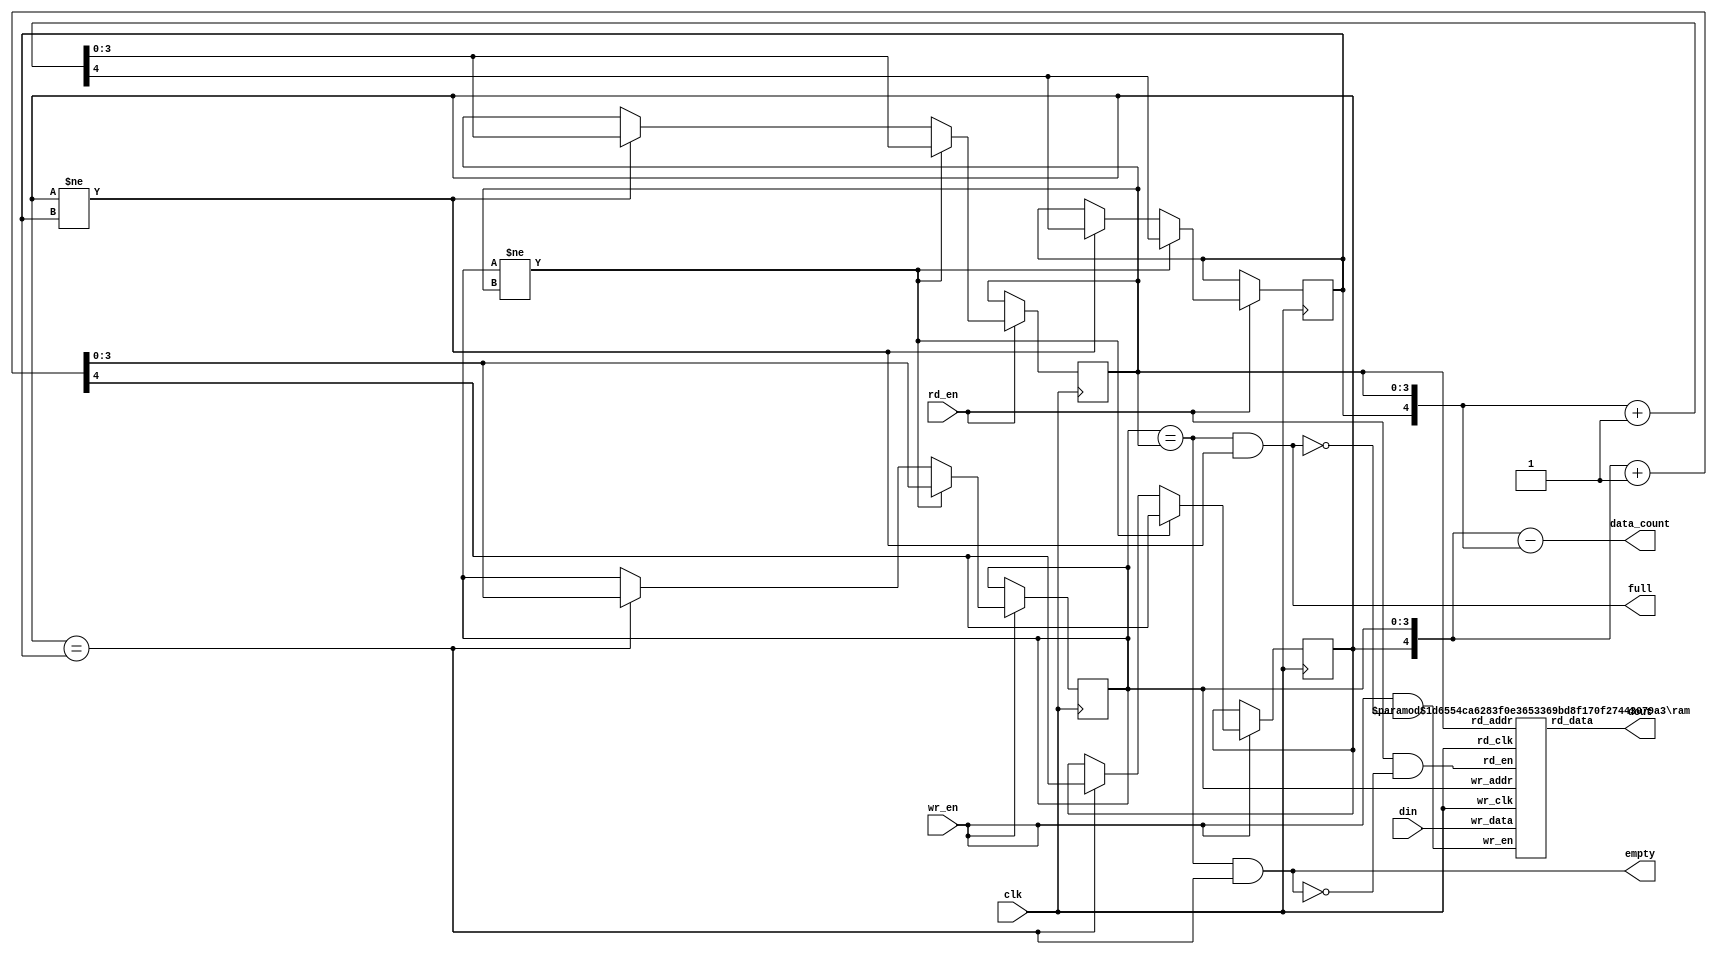
`timescale 1ns / 1ps
//////////////////////////////////////////////////////////////////////////////////
// Company: 
// Engineer: 
// 
// Design Name: 
// Module Name: common_fifo
// Project Name: 
// Target Devices: 
// Tool Versions: 
// Description: 
// 
// Dependencies: 
// 
// Revision:
// Revision 0.01 - File Created
// Additional Comments:
// 
//////////////////////////////////////////////////////////////////////////////////


module common_fifo#
(
  parameter depth = 16,
  parameter width = 128
)
(
  input                     clk,

  input                     wr_en,
  input [width-1:0]         din,

  input                     rd_en,
  output [width-1:0]        dout,

  output                    full,
  //output                    almost_full,

  output                    empty, 
  //output                    almost_empty,

  output [$clog2(depth):0]  data_count
  );

reg [$clog2(depth)-1:0] wr_addr,rd_addr;
reg wr_flag,rd_flag;
initial begin
  {wr_flag, wr_addr} <= 'b0;
  {rd_flag, rd_addr} <= 'b0;
end

ram #(
  .depth(depth),
  .width(width)
  ) u1
  (
  .wr_clk(clk),
  .wr_en(wr_en && (!full)),
  .wr_addr(wr_addr),
  .wr_data(din),

  .rd_clk(clk),
  .rd_en(rd_en && (!empty)),
  .rd_addr(rd_addr),
  .rd_data(dout)
  );

// ----------------pointer counter-------------------
always @(posedge clk) begin
  if (wr_en)
    if (wr_addr != rd_addr)
      {wr_flag, wr_addr} <= {wr_flag, wr_addr} + 'b1;
    else if (wr_flag == rd_flag)
      {wr_flag, wr_addr} <= {wr_flag, wr_addr} + 'b1;

  if (rd_en) 
    if (wr_addr != rd_addr)
      {rd_flag, rd_addr} <= {rd_flag, rd_addr} + 'b1;
    else if (wr_flag != rd_flag)
      {rd_flag, rd_addr} <= {rd_flag, rd_addr} + 'b1;
end
// ---------------------------------------------------

// ----------------Flag logic-------------------------
assign data_count = {wr_flag, wr_addr} - {rd_flag, rd_addr};
assign full = ((wr_addr == rd_addr) && (wr_flag != rd_flag));
assign empty = ((wr_addr == rd_addr) && (wr_flag == rd_flag));
// ---------------------------------------------------

endmodule


module ram #(
  parameter depth = 256,
  parameter width = 8
  )
(
  input                            wr_clk,
  input                            wr_en,
  input       [$clog2(depth)-1:0]    wr_addr,
  input       [width-1:0]          wr_data,

  input                            rd_clk,
  input                            rd_en,
  input       [$clog2(depth)-1:0]    rd_addr,
  output reg  [width-1:0]          rd_data
);

reg [width-1:0] mem [0:depth-1];

initial begin:init
  integer i;
  for (i=0; i<depth; i=i+1)
    mem[i] <= {width{1'b0}};
end

always @(posedge wr_clk) begin
  if (wr_en)
    mem[wr_addr] <= wr_data;
end

always @(posedge rd_clk) begin
  if (rd_en)
    rd_data <= mem[rd_addr];
end

endmodule